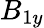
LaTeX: B_{1y}